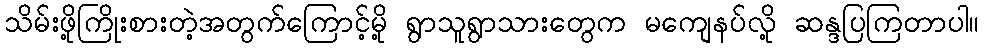
သိမ်းဖို့ကြိုးစားတဲ့အတွက်ကြောင့်မို့ ရွာသူရွာသားတွေက မကျေနပ်လို့ ဆန္ဒပြကြတာပါ။